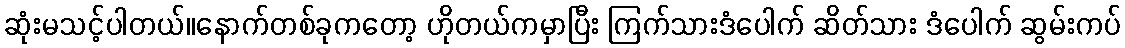
ဆုံးမသင့်ပါတယ်။နောက်တစ်ခုကတော့ ဟိုတယ်ကမှာပြီး ကြက်သားဒံပေါက် ဆိတ်သား ဒံပေါက် ဆွမ်းကပ်